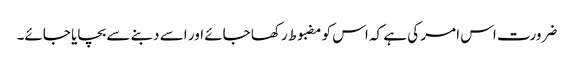
ضرورت اس امر کی ہے کہ اس کو مضبوط رکھا جائے اور اسے دبنے سے بچایا جائے۔